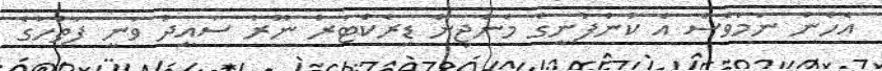
އެހެން ނަމަވެސް އެ ކުންފުނީގެ މެނެޖިން ޑިރެކްޓަރު ނޫރު ސައީދު ވަނީ ފަތުހުގެ